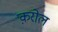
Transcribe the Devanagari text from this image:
क़रोल